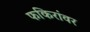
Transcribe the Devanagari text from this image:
फकिरांवर